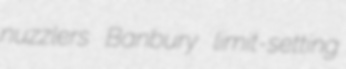
nuzzlers Banbury limit-setting